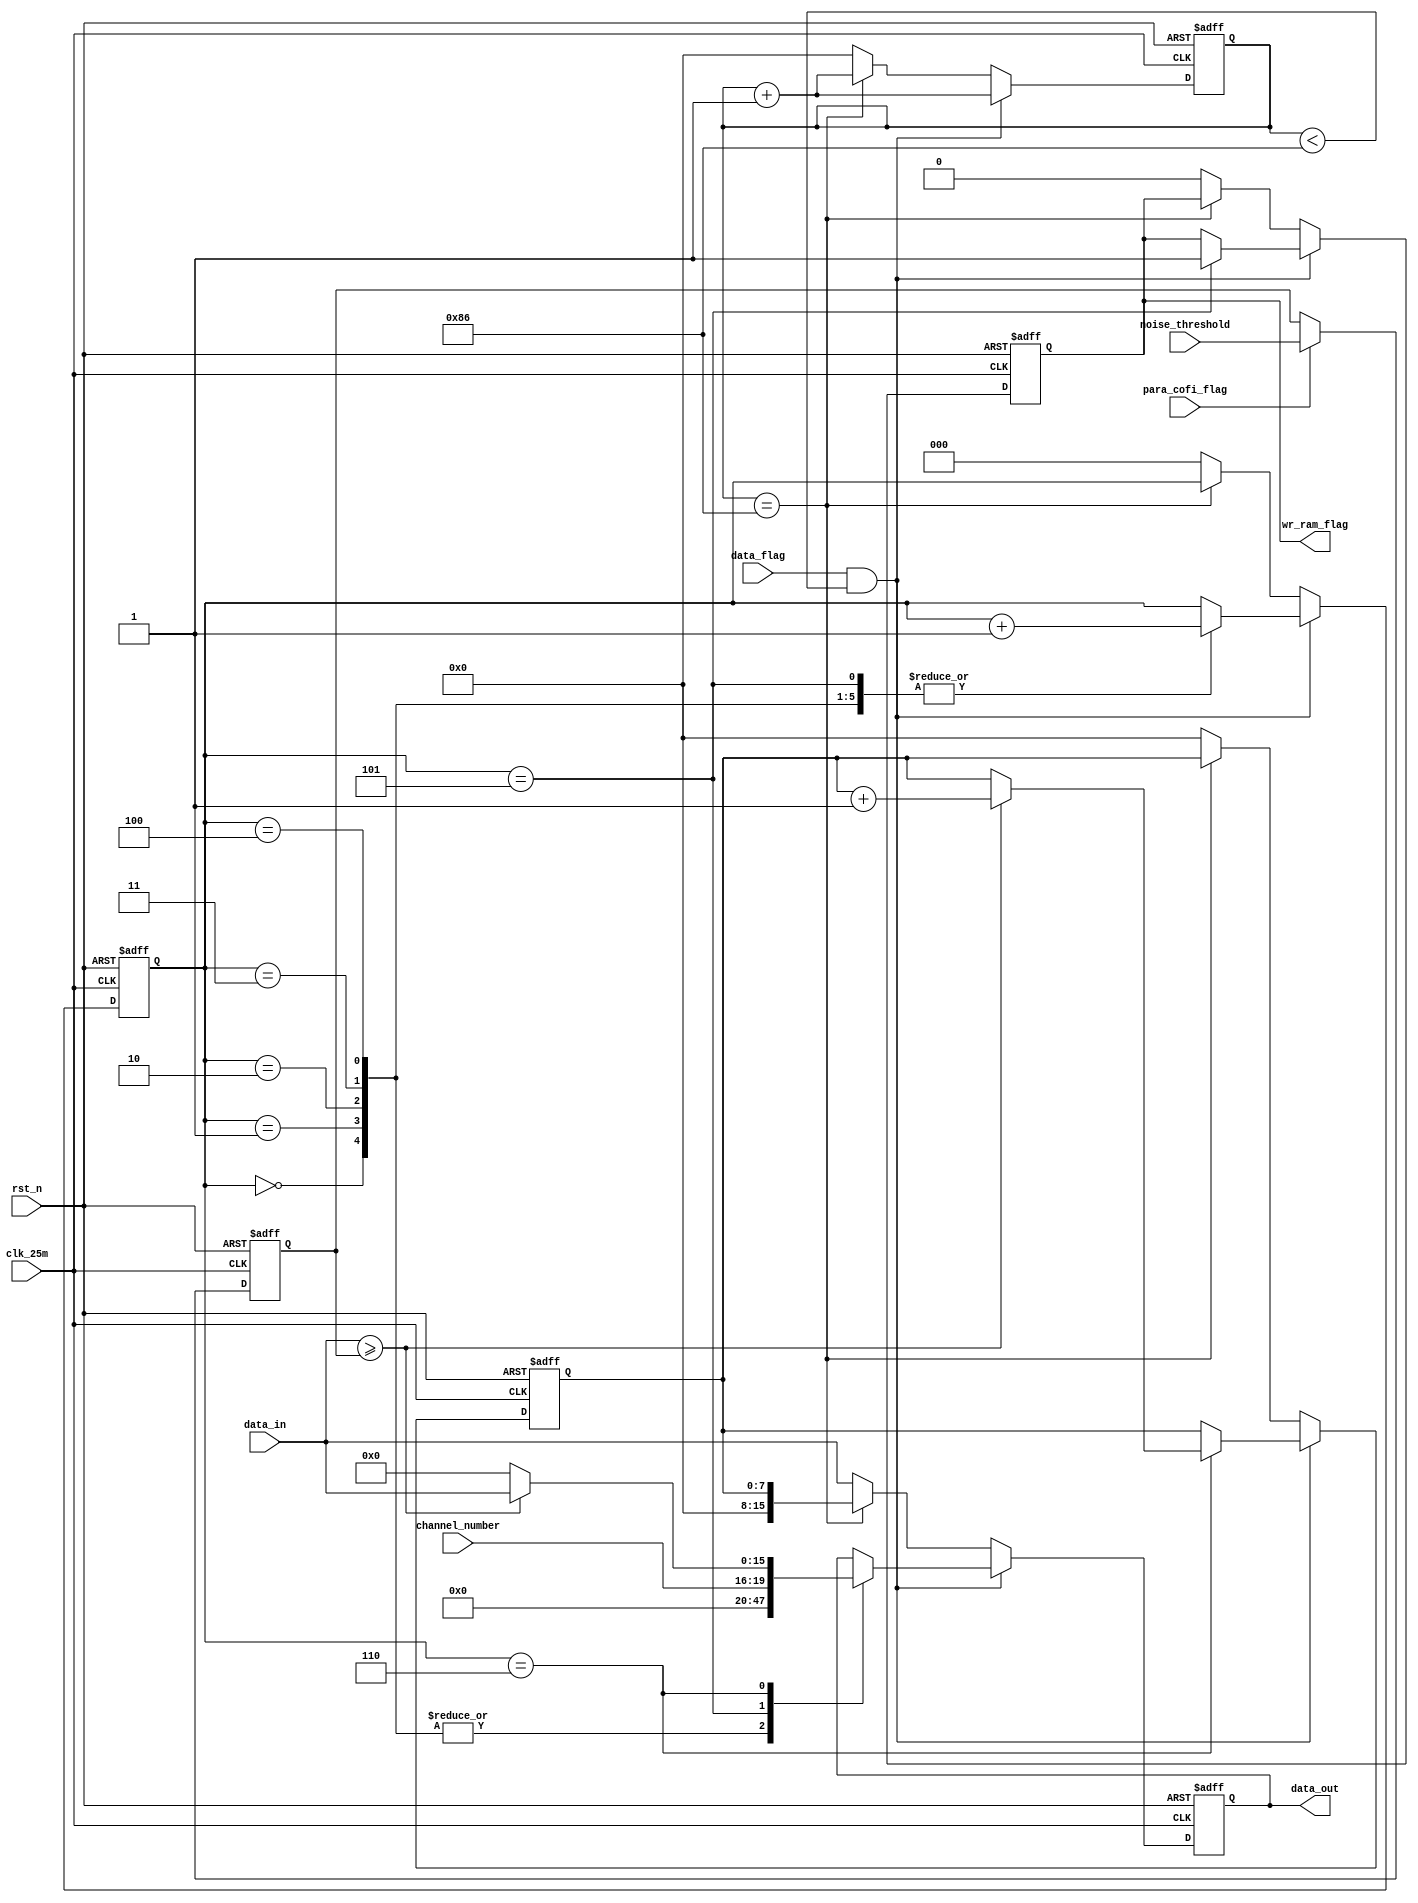
//   
// 
module data_deal
(
input clk_25m,
input rst_n,
input para_cofi_flag,     
input [15:0] noise_threshold,  //
//input [15:0] pulse_threshold,  //
input [15:0] data_in,
input  data_flag,
input [3:0]  channel_number,
output reg[15:0] data_out,
output reg  wr_ram_flag
);

reg [2:0] i;
reg [7:0] count;       //
reg [7:0] count_all;   //

reg [15:0] noise_threshold_reg; 

always@(posedge clk_25m or negedge rst_n)
begin
 if(!rst_n)
   begin 
	   noise_threshold_reg<=16'h0;
	end		
  else if(para_cofi_flag)
	 begin
	   noise_threshold_reg<=noise_threshold;
	 end
end


always@(posedge clk_25m or negedge rst_n)
begin 
  if(!rst_n)
       begin
       data_out<=16'h0;
       count<=8'b0;
       count_all<=8'b0;
		 i<=0;
		 wr_ram_flag<=0;
       end 
  else if((data_flag)&&(count_all<8'd134))
       
	          begin
                 count_all<=count_all+1'b1;
                 case(i)
                 3'd0: begin data_out<=16'h0; i<=i+1'b1; end
                 3'd1: begin data_out<=16'h0; i<=i+1'b1; end
                 3'd2: begin data_out<=16'h0; i<=i+1'b1; end
					  3'd3: begin data_out<=16'h0; i<=i+1'b1; end
					  //contin_mode_openclose  
					  3'd4: begin data_out<=16'h0; i<=i+1'b1; end
	              3'd5: begin data_out<={12'h0,channel_number}; i<=i+1'b1; wr_ram_flag<=1;end
	              3'd6: begin 
			           if(data_in>=noise_threshold_reg)
			                 begin data_out<=data_in; count<=count+1'b1;end  
		              else data_out<=16'h0;
					     end
					  endcase	  
				 end	  
  else if(count_all==8'd134)
      begin  data_out<={8'b0,count};
		      count_all<=count_all+1'b1;  end
        
  else 
     begin data_out<=data_in; count<=8'd0;count_all<=8'd0;i<=0;wr_ram_flag<=0; end

end
endmodule